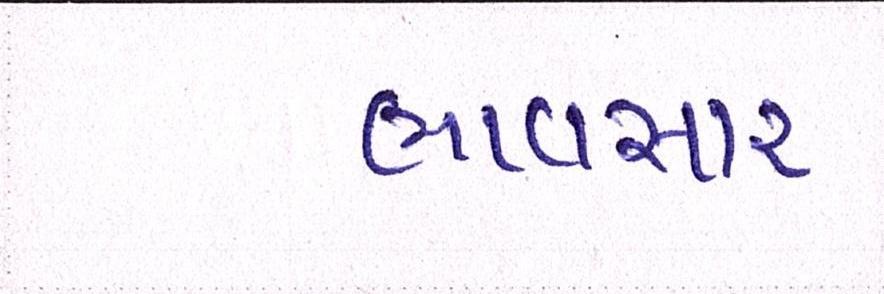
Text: ભાવસારઃ